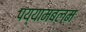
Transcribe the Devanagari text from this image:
पय्यामबलम